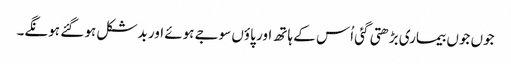
جوں جوں بیماری بڑھتی گئی اُس کے ہاتھ اور پاؤں سوجے ہوئے اور بدشکل ہو گئے ہونگے۔